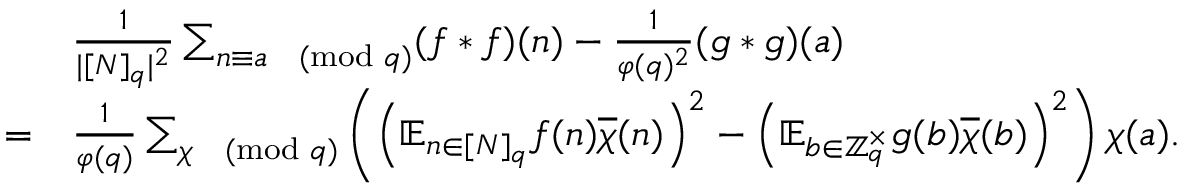
\begin{array} { r } { \begin{array} { r l } & { \frac { 1 } { | [ N ] _ { q } | ^ { 2 } } \sum _ { n \equiv a \pmod { q } } ( f \ast f ) ( n ) - \frac { 1 } { \varphi ( q ) ^ { 2 } } ( g \ast g ) ( a ) } \\ { = } & { \frac { 1 } { \varphi ( q ) } \sum _ { \chi \pmod { q } } \left( \left( \mathbb { E } _ { n \in [ N ] _ { q } } f ( n ) \overline { { \chi } } ( n ) \right) ^ { 2 } - \left( \mathbb { E } _ { b \in \mathbb { Z } _ { q } ^ { \times } } g ( b ) \overline { { \chi } } ( b ) \right) ^ { 2 } \right) \chi ( a ) . } \end{array} } \end{array}